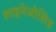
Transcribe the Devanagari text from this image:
लाइनेजोलिड